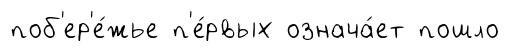
поб'ер'е́жье п'е́рвых означа́ет пошло